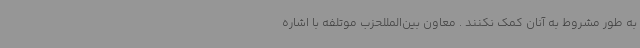
به طور مشروط به آنان کمک نکنند . معاون بین‌المللحزب موتلفه با اشاره